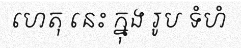
ហេតុ នេះ ក្នុង រូប ទំហំ